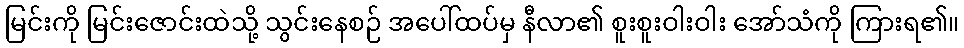
မြင်းကို မြင်းဇောင်းထဲသို့ သွင်းနေစဉ် အပေါ်ထပ်မှ နီလာ၏ စူးစူးဝါးဝါး အော်သံကို ကြားရ၏။